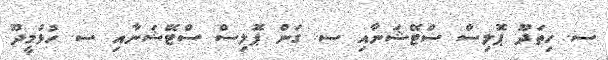
ސ. ހިތަދޫ ޕޮލިސް ސްޓޭޝަނާއި ސ. ގަން ޕޮލިސް ސްޓޭޝަނާއި ސ. ހުޅުމީދޫ